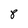
Character: 8